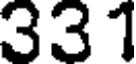
331